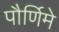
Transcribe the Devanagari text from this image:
पौर्णिमे